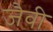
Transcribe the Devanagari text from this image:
जैवी